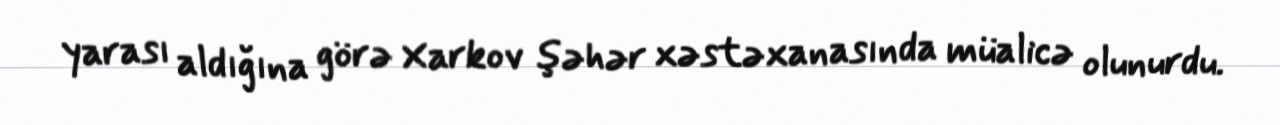
yarası aldığına görə Xarkov şəhər xəstəxanasında müalicə olunurdu.